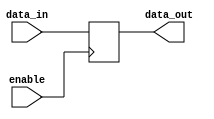
module bidirectional_buffer (
    input enable,
    input data_in,
    output reg data_out
);

always @ (posedge enable)
begin
    if (enable == 1'b1)
        data_out <= data_in;
end

endmodule